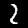
Digit: 2